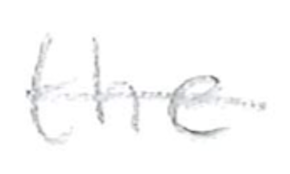
Text: the
Cross-out: mix
Writing tool: pencil